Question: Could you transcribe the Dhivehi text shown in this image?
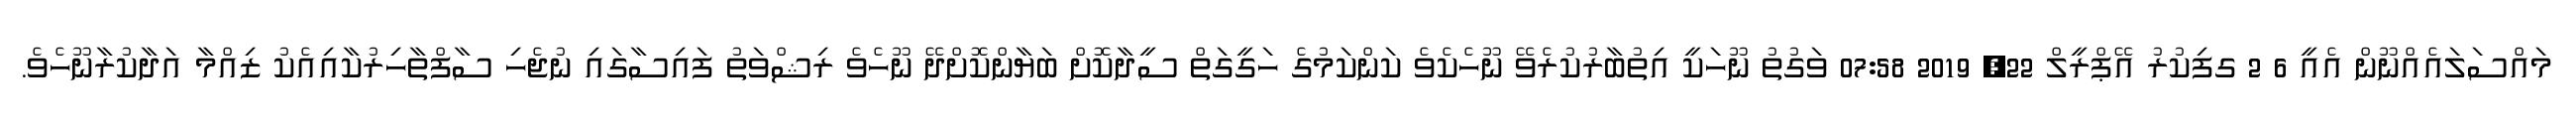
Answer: މައްސަލައެއްނޫން އެއީ 6 2 ގފިކުރު އޭޕްރީލް 22, 2019 07:58 ވަގުތު ނޫހަކީ އިތުބާރުކުރެވޭ ނޫހެކެވެ ކަންކަމުގެ ހަގީގަތް ސީދާކޮށް ބަޔާންކޮށްދޭ ނޫހެވެ ރިޝްވަތު ފައިސާގައި ނުޖެހި ސާފްތާހިރުކާއިއެކު ޒިއްމާ އަދާކުރާނޫހެވެ.